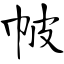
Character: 帔